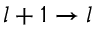
l + 1 \rightarrow l